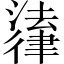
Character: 𪫚